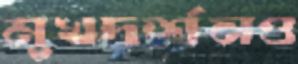
মুখদর্শনও